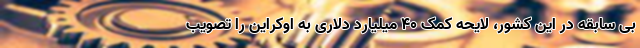
بی سابقه در این کشور، لایحه کمک ۴۰ میلیارد دلاری به اوکراین را تصویب